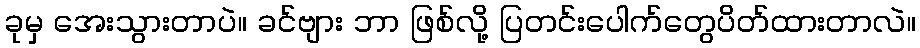
ခုမှ အေးသွားတာပဲ။ ခင်ဗျား ဘာ ဖြစ်လို့ ပြတင်းပေါက်တွေပိတ်ထားတာလဲ။